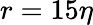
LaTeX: r=15\eta